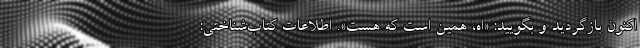
اکنون بازگردید و بگویید: ‌«اَه، همین است که هست». اطلاعات کتاب‌شناختی: